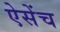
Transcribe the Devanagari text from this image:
ऐसेंच